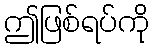
ဤဖြစ်ရပ်ကို